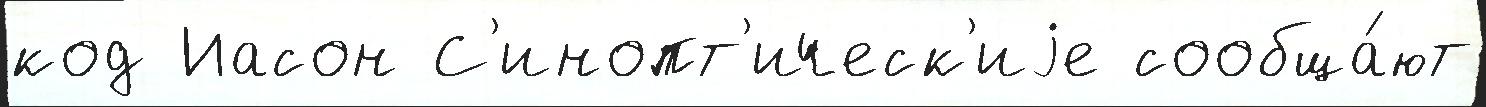
код Иасон С'инопт'ическ'иjе сообща́ют